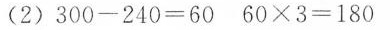
(2)$$3 0 0 - 2 4 0 = 6 0$$$$ 6 0 × 3 = 1 8 0$$